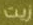
زيت